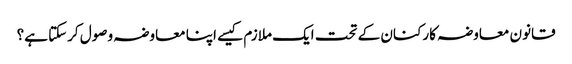
قانون معاوضہ کارکنان کے تحت ایک ملازم کیسے اپنا معاوضہ وصول کرسکتا ہے؟